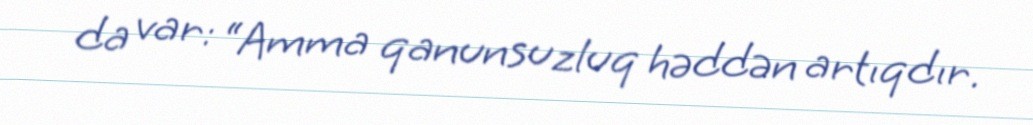
da var: “Amma qanunsuzluq həddən artıqdır.